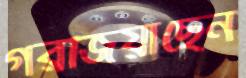
গরজিয়াছেন